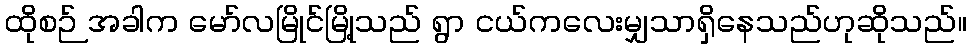
ထိုစဉ် အခါက မော်လမြိုင်မြို့သည် ရွာ ငယ်ကလေးမျှသာရှိနေသည်ဟုဆိုသည်။